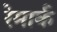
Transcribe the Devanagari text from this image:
रेमार्क